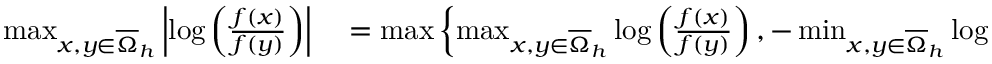
\begin{array} { r l } { \operatorname* { m a x } _ { x , y \in \overline { { \Omega } } _ { h } } \left\lvert \log \left( \frac { f ( x ) } { f ( y ) } \right) \right\rvert } & { { } = \operatorname* { m a x } \left\{ \operatorname* { m a x } _ { x , y \in \overline { { \Omega } } _ { h } } \log \left( \frac { f ( x ) } { f ( y ) } \right) , - \operatorname* { m i n } _ { x , y \in \overline { { \Omega } } _ { h } } \log \left( \frac { f ( x ) } { f ( y ) } \right) \right\} } \end{array}